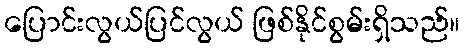
ပြောင်းလွယ်ပြင်လွယ် ဖြစ်နိုင်စွမ်းရှိသည်။